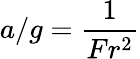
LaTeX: a/g=\frac{1}{Fr^{2}}